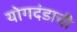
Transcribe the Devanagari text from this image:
योगदंडाची